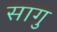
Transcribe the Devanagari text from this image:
सागु